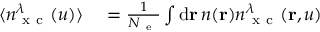
\begin{array} { r l } { \langle n _ { \mathrm { ~ x ~ c ~ } } ^ { \lambda } ( u ) \rangle } & { { } = \frac { 1 } { \ensuremath { N _ { \mathrm { ~ e ~ } } } } \int \mathrm { d } \mathbf { r } \, n ( \mathbf { r } ) n _ { \mathrm { ~ x ~ c ~ } } ^ { \lambda } ( \mathbf { r } , u ) } \end{array}